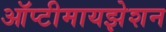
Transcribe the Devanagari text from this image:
ऑप्टीमायझेशन